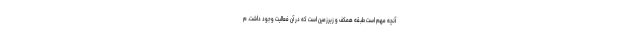
آنچه مهم است طبقه همکف و زیرزمین است که در آن فعالیت وجود داشت. م